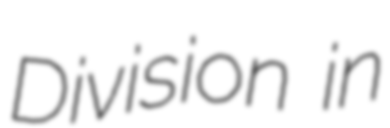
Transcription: Division in